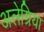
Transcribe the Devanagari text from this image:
अलेग्रिया